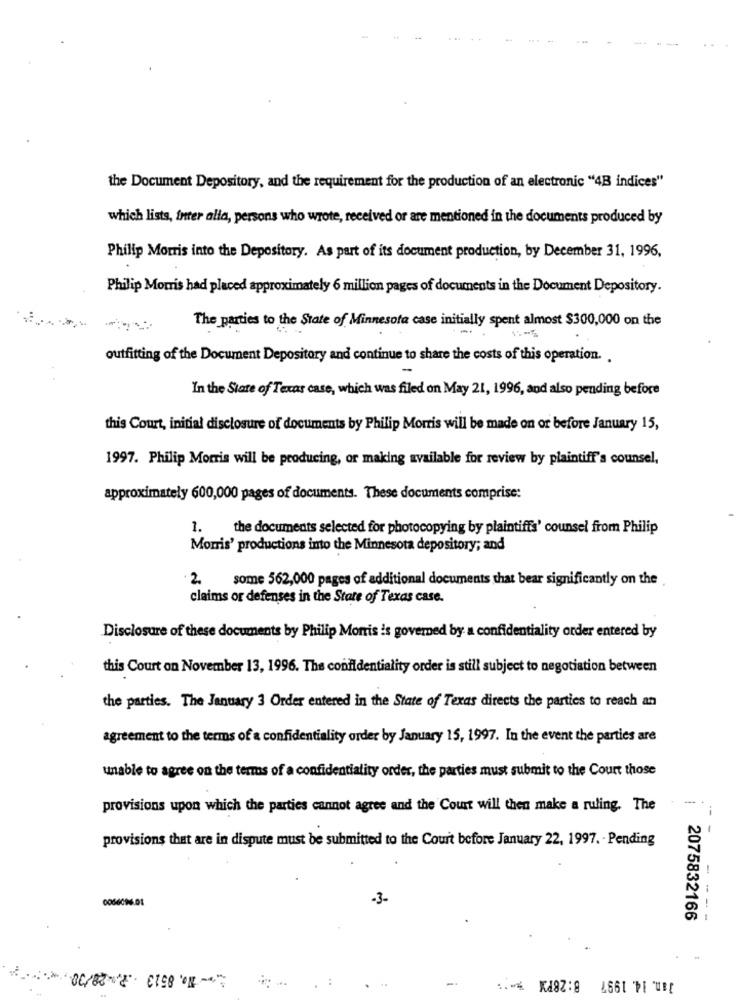
the Document Depository, and the requirement for the production of an electronic "4B indices"
which lists, inter alla, persons who wrote, received or are mentioned in the documents produced by
Philip Morris into the Depository. As part of its document production, by December 31, 1996,
Philip Morris had placed approximately 6 million pages of documents in the Document Depository.
The parties to the State of Minnesota case initially spent almost $300,000 on the
outfitting of the Document Depository and continue to share the costs of this operation. .
In the State of Texas case, which was filed on May 21, 1996, and also pending before
this Court, initial disclosure of documents by Philip Morris will be made on or before January 15,
1997. Philip Morris will be producing, or making available for review by plaintiff's counsel,
approximately 600,000 pages of documents. These documents comprise:
1. the documents selected for photocopying by plaintiffs' counsel from Philip
Morris' productions into the Minnesota depository; and
2
some 562,000 pages of additional documents that bear significantly on the
claims or defenses in the State of Texas case.
Disclosure of these documents by Philip Morris is governed by a confidentiality order entered by
this Court on November 13, 1996. The confidentiality order is still subject to negotiation between
the parties. The January 3 Order entered in the State of Texas directs the parties to reach an
agreement to the terms of a confidentiality order by January 15, 1997. In the event the parties are
unable to agree on the terms of a confidentiality order, the parties must submit to the Court those
provisions upon which the parties cannot agree and the Court will then make a ruling. The
-- -
provisions that are in dispute must be submitted to the Court before January 22, 1997. - Pending
0066096.01
-3-
2075832166
- ---
B:28PX
Jan. 14. 1997